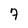
Character: 7